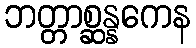
ဘတ္တာစ္ဆန္နကေန